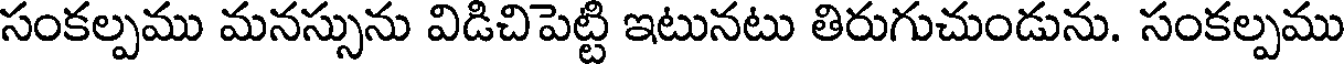
సంకల్పము మనస్సును విడిచిపెట్టి ఇటునటు తిరుగుచుండును. సంకల్పము